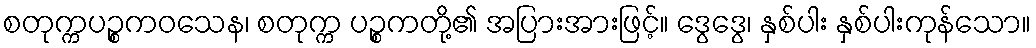
စတုက္ကပဉ္စကဝသေန၊ စတုက္က ပဉ္စကတို့၏ အပြားအားဖြင့်။ ဒွေဒွေ၊ နှစ်ပါး နှစ်ပါးကုန်သော။